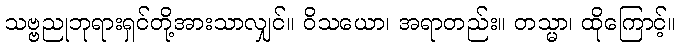
သဗ္ဗညုဘုရားရှင်တို့အားသာလျှင်။ ဝိသယော၊ အရာတည်း။ တသ္မာ၊ ထိုကြောင့်။